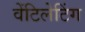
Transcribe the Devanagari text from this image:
वेंटिलेटिंग